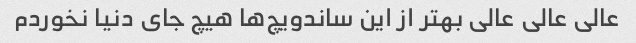
عالی عالی عالی بهتر از این ساندویچ‌ها هیچ جای دنیا نخوردم